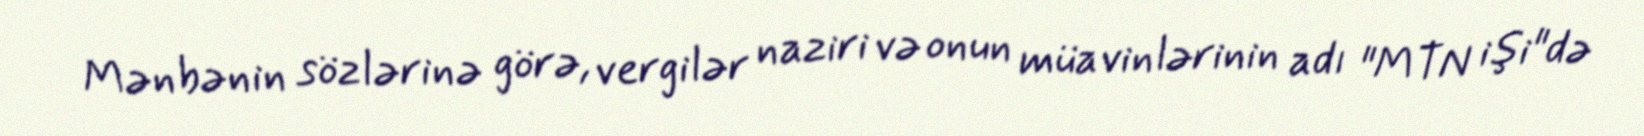
Mənbənin sözlərinə görə, vergilər naziri və onun müavinlərinin adı "MTN işi"də